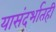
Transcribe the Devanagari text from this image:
यासंदर्भातही